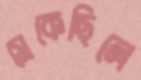
সেকেছিলে